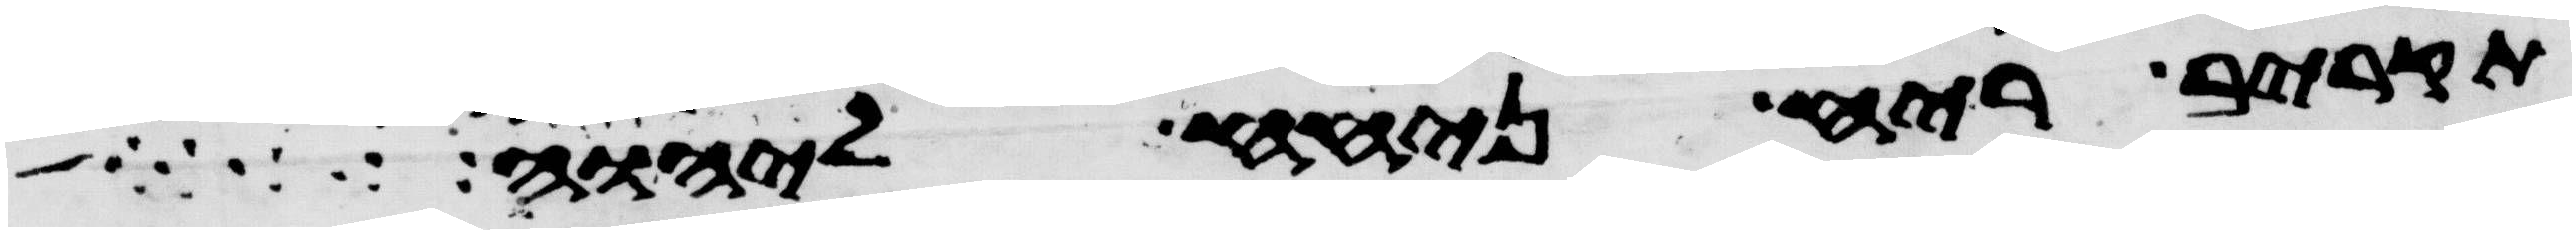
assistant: תקריב ריח ניחח ליהוה